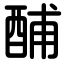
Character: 酺